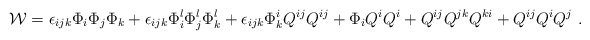
\begin{align*}{\cal W}=\epsilon_{ijk}\Phi_i\Phi_j\Phi_k + \epsilon_{ijk}\Phi^l_i\Phi^l_j\Phi^l_k + \epsilon_{ijk}\Phi^i_k Q^{ij} Q^{ij} + \Phi_i Q^i Q^i+ Q^{ij} Q^{jk} Q^{ki} + Q^{ij} Q^i Q^j~.\end{align*}